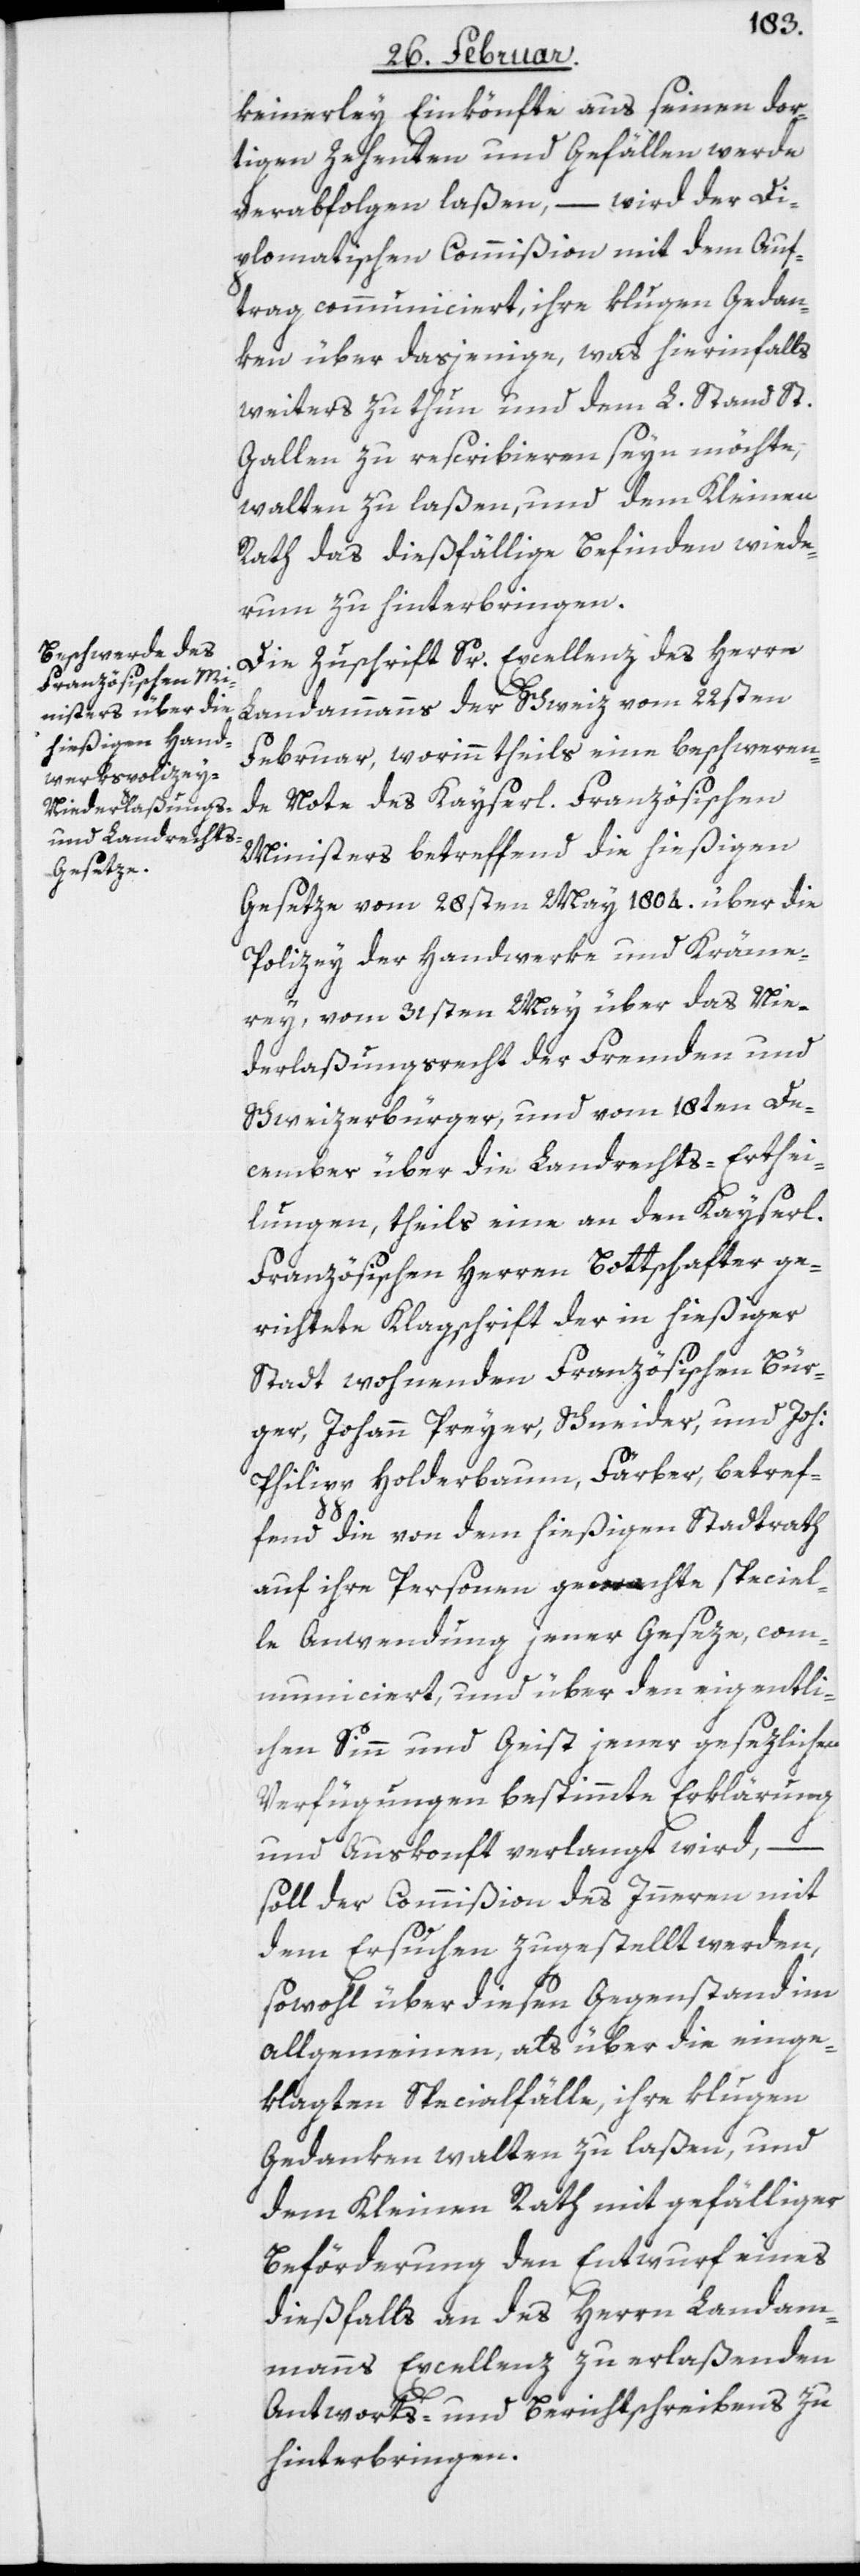
keinerley Einkönfte aus seinen dor¬
tigen Zehenten und Gefällen werde
verabfolgen laßen, – wird der Di¬
plomatischen Commißion mit dem Auf¬
trag communiciert, ihre klugen Gedan¬
ken über dasjenige, was hierinfalls
weiters zu thun und dem L. Stand St.
Gallen zu rescribieren seyn möchte,
walten zu laßen, und dem Kleinen
Rath das dießfällige Befinden wiede¬
rum zu hinterbringen.
Die Zuschrift Sr. Excellenz des Herrn
Landammanns der Schweiz vom 22sten
Februar, worinn theils eine beschweren¬
de Note des Kayserl. Französischen
Ministers betreffend die hießigen
Gesetze vom 28sten May 1804. über die
Polizey der Handwerke und Kräme¬
rey, vom 31sten May über das Nie¬
derlaßungsrecht der Fremden und
Schweizerbürger, und vom 18ten De¬
cember über die Landrechts-Erthei¬
lungen, theils eine an den Kayserl.
Französischen Herren Bottschafter ge¬
richtete Klagschrift der in hießiger
Stadt wohnenden Französischen Bür¬
ger, Johann Preyer, Schneider, und Joh:
Philipp Holderbaum, Färber, betref¬
fend die von dem hießigen Stadtrath
auf ihre Personen gemachte speciel¬
le Anwendung jener Geseze, com¬
municiert, und über den eigentli¬
chern Sinn und Geist jener gesezlichen
Verfügungen bestimmte Erklärung
und Auskonft verlangt wird, –
soll der Commißion des Inneren mit
dem Ersuchen zugestellt werden,
sowohl über diesen Gegenstand im
allgemeinen, als über die einge¬
klagten Specialfälle, ihre klugen
Gedanken walten zu laßen, und
dem Kleinen Rath mit gefälliger
Beförderung den Entwurf eines
dießfalls an des Herrn Landam¬
manns Excellenz zu erlaßenden
Antworts- und Berichtschreibens zu
hinterbringen.